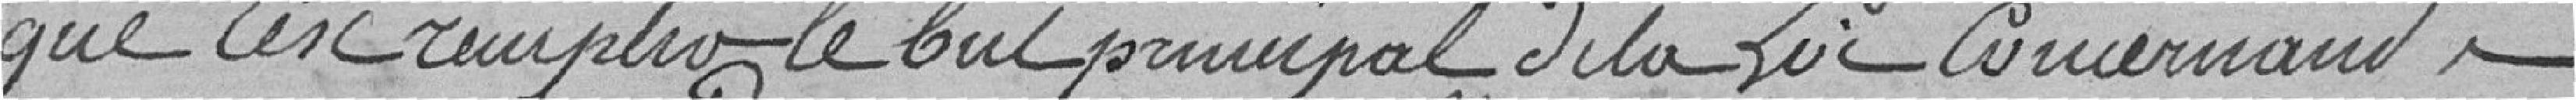
que c'est remplit le but principal de la loi concernant